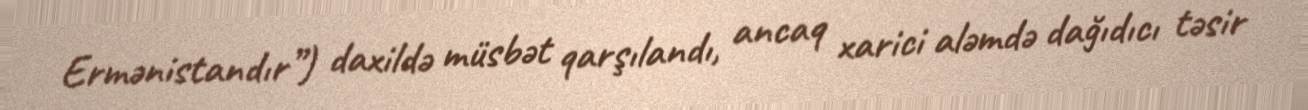
Ermənistandır”) daxildə müsbət qarşılandı, ancaq xarici aləmdə dağıdıcı təsir